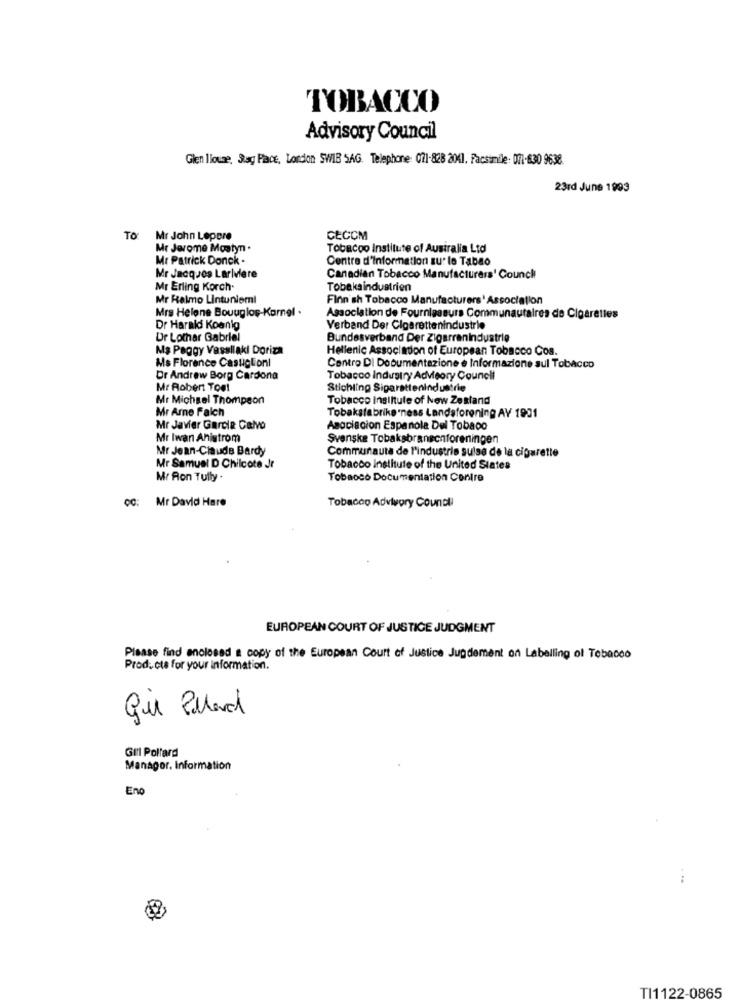
TOBACCO
Advisory Council
Glen llouse, S.ag Piace, London SWIB SAG. Telephone: 071-828 2041. Facsimile: 071-630 9638.
23rd June 1993
To
Mr John Lepere
CECOM
Mr Jerome Mostyn .
Tobacco Institute of Australia Ltd
Mr Patrick Donck .
Centre d'information su: lo Tabao
Mr Jacques Lariviere
Canadian Tobacco Manufacturers' Counch
Mr Erling Korch.
Tobaksindustrien
Mr Relmo Lintuniemi
Finnish Tobacco Manufacturers' Association
Mrs Helene Bouuglop-Karnel
Association de Fournisseurs Communautaires de Cigarettes
Dr Harald Koenig
Verband Der Cigarettenindustrie
Ur Lothar Gabriel
Bundesverband Der Zigarrenindustrie
Ma Peggy Vassllakl Doriza
Hellenic Association of European Tobacco Cos.
Ms Florence Castiglioni
Centro DI Documentazione e Informazione sul Tobacco
Dr Andrew Borg Cardona
Tobacco Industry Advisory Council
Mr Robert Tool
Stichting Sigarettenindustrie
Mr Michgel Thompson
Tobacco institute of New Zealand
Mr Arne Falch
Tobaksfabrike ness Landsforening AY 1901
Mr Javier Garcia Calvo
Asociacion Espanola Del Tobaco
Mr Iwan Anistrom
Svenske Tobaksbransonforeningen
Mr Jean-Claude Bardy
Communauta de l'industrie sulse de la cigarette
Mr Samuel D Chilcote Jr
Tobacco Institute of the United States
Mr Ron Tully .
Tobacco Documentation Centre
OC: Mr David Hare
Tobacco Advisory Council
EUROPEAN COURT OF JUSTICE JUDGMENT
Please find enclosed a copy of the European Court of Justice Jugdement on Labelling of Tobacco
Products for your information.
gür Pollard
Gill Pollard
Manager, Information
En
. ..
TI1122-0865